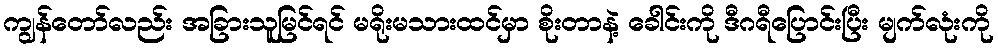
ကျွန်တော်လည်း အခြားသူမြင်ရင် မရိုးမသားထင်မှာ စိုးတာနဲ့ ခေါင်းကို ဒီဂရီပြောင်းပြီး မျက်လုံးကို